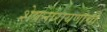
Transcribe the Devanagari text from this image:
शेषनारायणाची